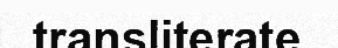
transliterate